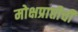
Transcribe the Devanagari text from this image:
मोक्षप्राप्तीची